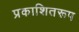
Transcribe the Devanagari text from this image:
प्रकाशितरूप